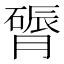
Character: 𬛔